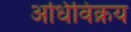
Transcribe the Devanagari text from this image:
अधिविक्रय